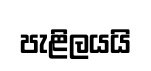
පැළිලයයි